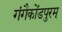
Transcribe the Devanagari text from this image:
गंगैकोंडपुरम्